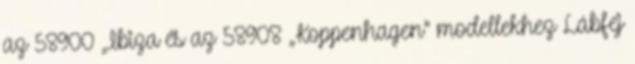
az 58900 „Ibiza és az 58908 „Koppenhagen” modellekhez Lábfej